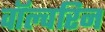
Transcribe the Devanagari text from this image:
वॉल्वरिन